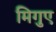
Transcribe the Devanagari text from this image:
मिगुए